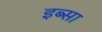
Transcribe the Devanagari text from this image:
इब्‍सा